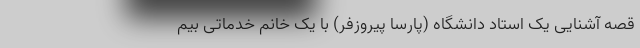
قصه آشنایی یک استاد دانشگاه (پارسا پیروزفر) با یک خانم خدماتی بیم